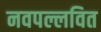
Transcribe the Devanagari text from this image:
नवपल्लवित